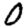
Digit: 0